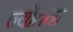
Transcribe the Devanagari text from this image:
न्योतना